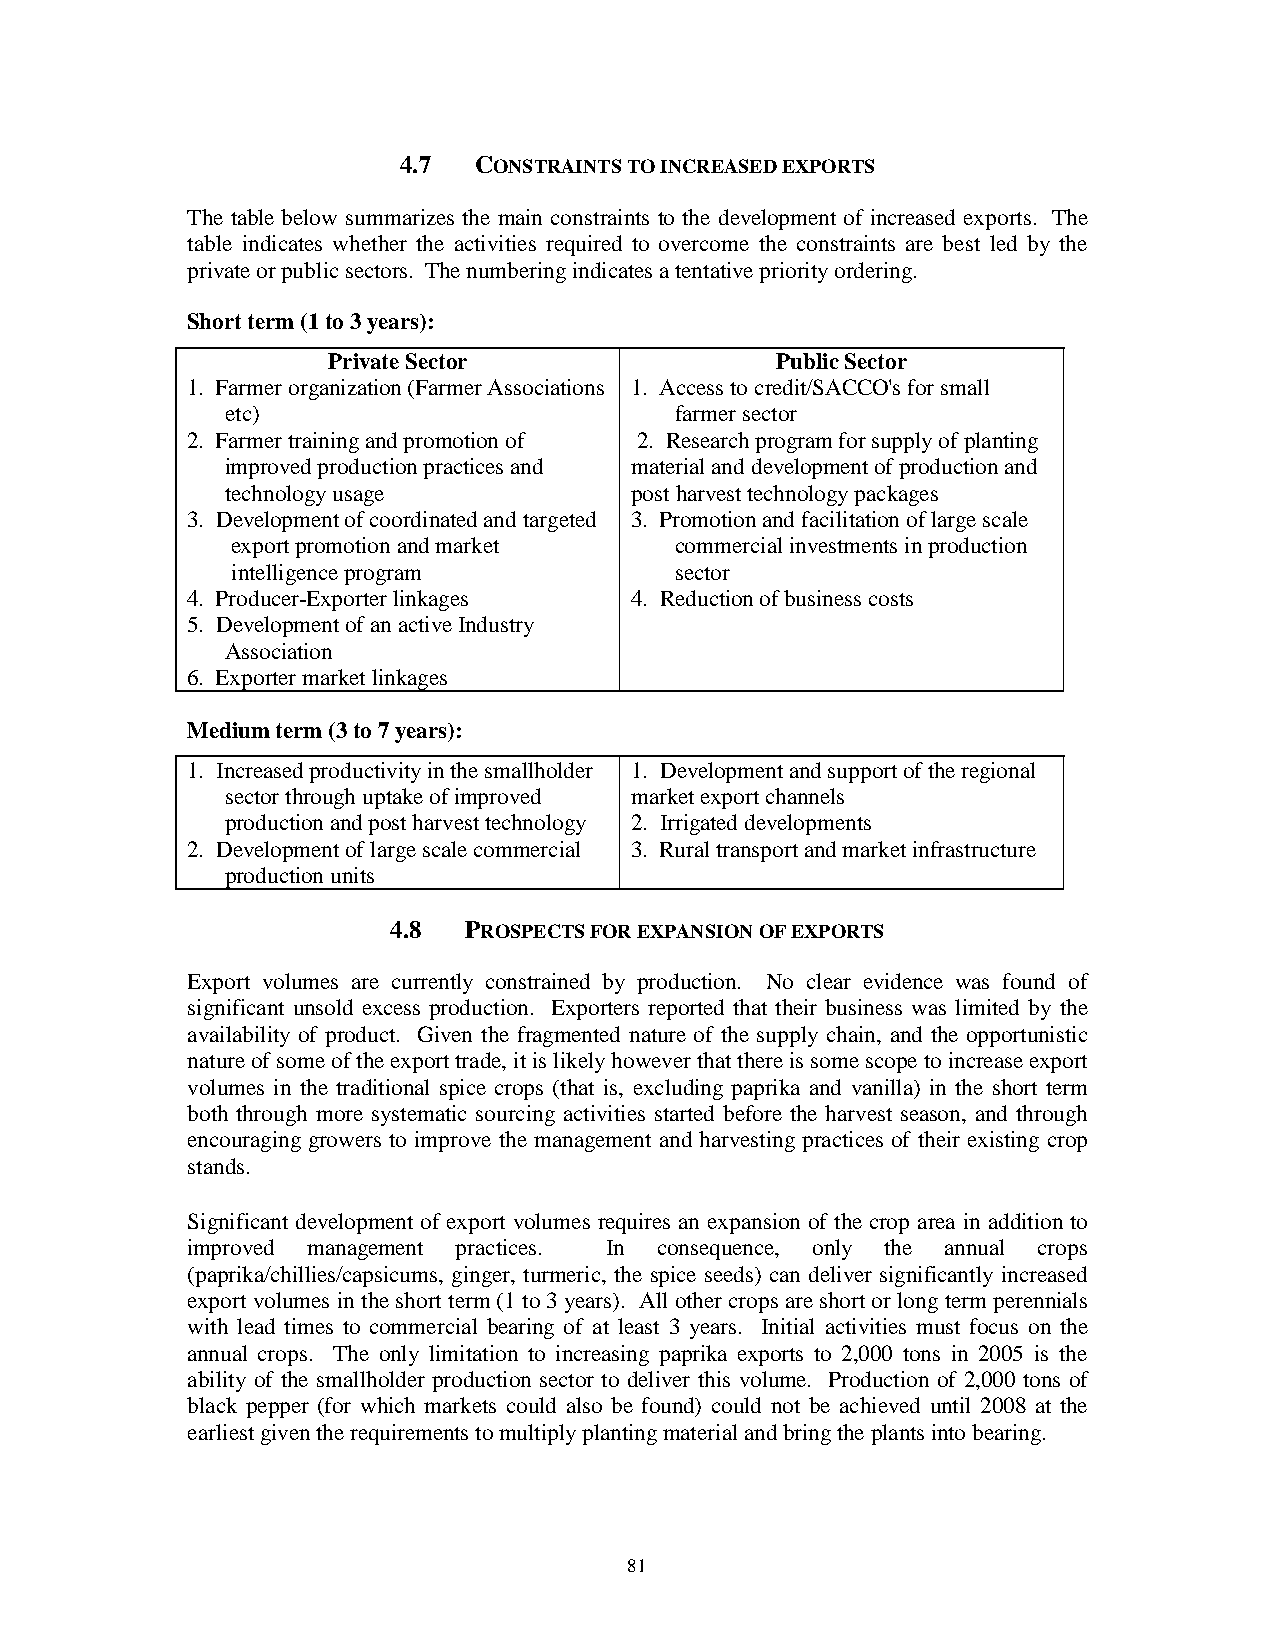
4.7  CONSTRAINTS TO INCREASED EXPORTS
 The table below summarizes the main constraints to the development of increased exports. The
 table indicates whether the activities required to overcome the constraints are best led by the
 private or public sectors. The numbering indicates a tentative priority ordering.
 Short term (1 to 3 years):
 Private Sector               Public Sector
 1. Farmer organization (Farmer Associations 1. Access to credit/SACCO's for small
 etc)                          farmer sector
 2. Farmer training and promotion of 2. Research program for supply of planting
 improved production practices and material and development of production and
 technology usage           post harvest technology packages
 3. Development of coordinated and targeted 3. Promotion and facilitation of large scale
 export promotion and market   commercial investments in production
 intelligence program          sector
 4. Producer-Exporter linkages 4. Reduction of business costs
 5. Development of an active Industry
 Association
 6. Exporter market linkages
 Medium term (3 to 7 years):
 1. Increased productivity in the smallholder 1. Development and support of the regional
 sector through uptake of improved market export channels
 production and post harvest technology 2. Irrigated developments
 2. Development of large scale commercial 3. Rural transport and market infrastructure
 production units
 4.8  PROSPECTS FOR EXPANSION OF EXPORTS
 Export volumes are currently constrained by production. No clear evidence was found of
 significant unsold excess production. Exporters reported that their business was limited by the
 availability of product. Given the fragmented nature of the supply chain, and the opportunistic
 nature of some of the export trade, it is likely however that there is some scope to increase export
 volumes in the traditional spice crops (that is, excluding paprika and vanilla) in the short term
 both through more systematic sourcing activities started before the harvest season, and through
 encouraging growers to improve the management and harvesting practices of their existing crop
 stands.
 Significant development of export volumes requires an expansion of the crop area in addition to
 improved management practices. In consequence, only the annual crops
 (paprika/chillies/capsicums, ginger, turmeric, the spice seeds) can deliver significantly increased
 export volumes in the short term (1 to 3 years). All other crops are short or long term perennials
 with lead times to commercial bearing of at least 3 years. Initial activities must focus on the
 annual crops. The only limitation to increasing paprika exports to 2,000 tons in 2005 is the
 ability of the smallholder production sector to deliver this volume. Production of 2,000 tons of
 black pepper (for which markets could also be found) could not be achieved until 2008 at the
 earliest given the requirements to multiply planting material and bring the plants into bearing.
 81